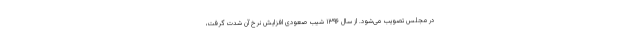
در مجلس تصویب می‌شود. از سال ۱۳۹۶ شیب صعودی افزایش نرخ آن شدت گرفت،